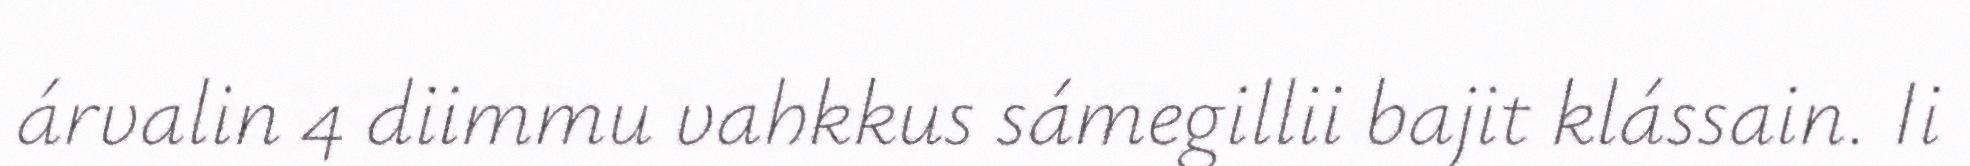
árvalin 4 diimmu vahkkus sámegillii bajit klássain. Ii